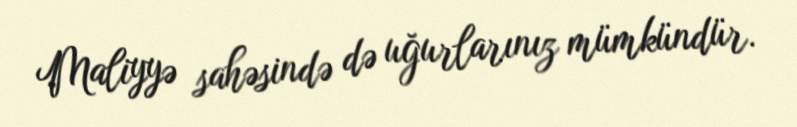
Maliyyə sahəsində də uğurlarınız mümkündür.